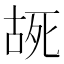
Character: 𫪔